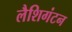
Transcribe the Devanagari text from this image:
लैशिगंटन